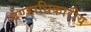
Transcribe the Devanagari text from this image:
दण्डाधिकारीय